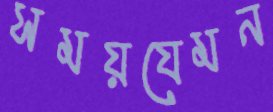
সময়যেমন